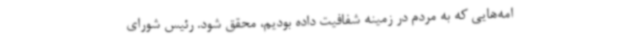
امه‌هایی که به مردم در زمینه شفافیت داده بودیم، محقق شود. رئیس شورای